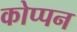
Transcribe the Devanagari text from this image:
कोप्पन